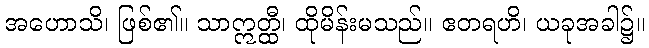
အဟောသိ၊ ဖြစ်၏။ သာဣတ္ထီ၊ ထိုမိန်းမသည်။ ဧတရဟိ၊ ယခုအခါ၌။